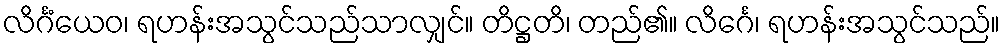
လိင်္ဂံယေဝ၊ ရဟန်းအသွင်သည်သာလျှင်။ တိဋ္ဌတိ၊ တည်၏။ လိင်္ဂေ၊ ရဟန်းအသွင်သည်။